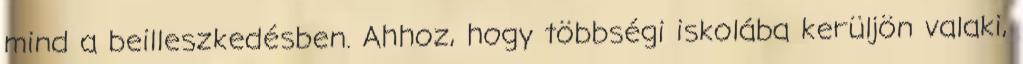
mind a beilleszkedésben. Ahhoz, hogy többségi iskolába kerüljön valaki,